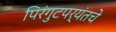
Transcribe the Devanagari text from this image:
पिरंगुटपर्यंतचे